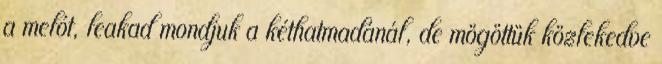
a melót, leakad mondjuk a kéthatmadánál, de mögöttük közlekedve